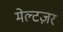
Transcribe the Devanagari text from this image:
मेल्टज़र